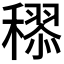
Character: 𥢩